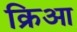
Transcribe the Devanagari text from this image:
क्रिआ